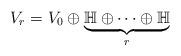
LaTeX: \begin{align*}V_r = V_0 \oplus \underbrace{\mathbb{H} \oplus \cdots \oplus \mathbb{H}}_{r }\end{align*}